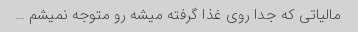
مالیاتی که جدا روی غذا گرفته میشه رو متوجه نمیشم …